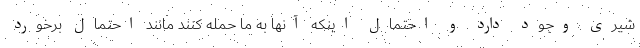
شیری وجود دارد و احتمال اینکه آنها به ما حمله کنند مانند احتمال برخورد